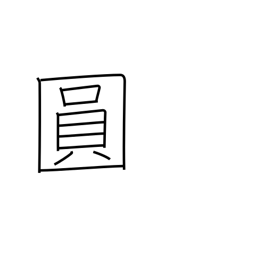
Meaning: yen